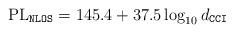
LaTeX: \begin{align*}\textrm{PL}_{\mathtt{NLOS}}=145.4+37.5\log_{10}d_{\mathtt{CCI}}\end{align*}